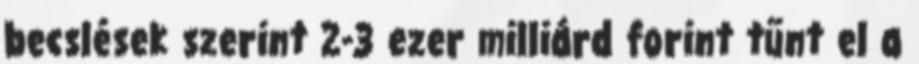
becslések szerint 2-3 ezer milliárd forint tűnt el a